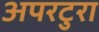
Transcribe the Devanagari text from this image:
अपरटुरा